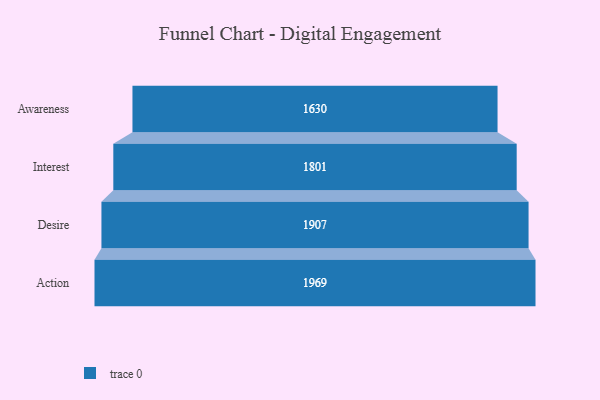
{"axis": {"x": "Stage", "y": "Value"}, "legend": [""], "data": [{"x": "Awareness", "y": 1630.0, "type": ""}, {"x": "Interest", "y": 1801.0, "type": ""}, {"x": "Desire", "y": 1907.0, "type": ""}, {"x": "Action", "y": 1969.0, "type": ""}]}